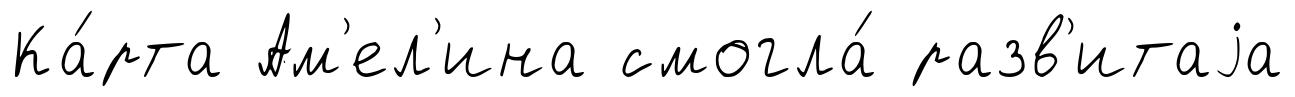
Ка́рта Ам'ел'ина смогла́ разв'итаjа